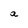
Character: a